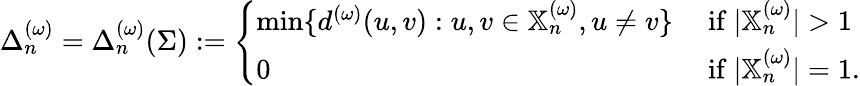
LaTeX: \Delta_{n}^{(\omega)}=\Delta_{n}^{(\omega)}(\Sigma):=\left\{ \begin{array}{ll}{\operatorname*{min}\{ d^{(\omega)}(u,v):u,v\in\mathbb{X}_{n}^{(\omega)},u\neq v\} }&{\mathrm{~if~}|\mathbb{X}_{n}^{(\omega)}|>1}\\ {0}&{\mathrm{~if~}|\mathbb{X}_{n}^{(\omega)}|=1.}\end{array}\right.